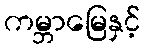
ကမ္ဘာမြေနှင့်